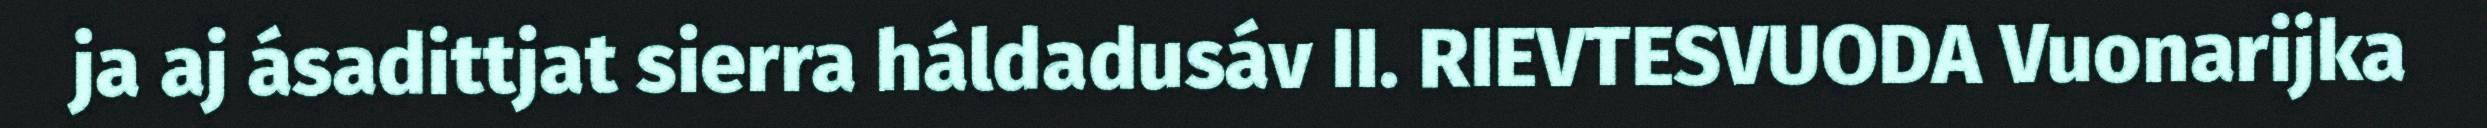
ja aj ásadittjat sierra háldadusáv II. RIEVTESVUODA Vuonarijka